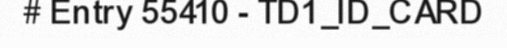
# Entry 55410 - TD1_ID_CARD